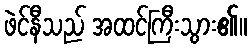
ဖဲင်နီသည် အထင်ကြီးသွား၏။